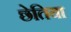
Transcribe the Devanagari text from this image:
छेतिया